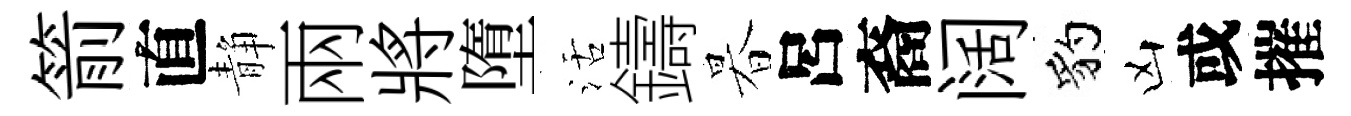
箭直静兩將墮活鑄暮呂裔阔豹凶或摧